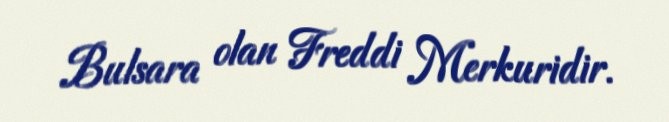
Bulsara olan Freddi Merkuridir.